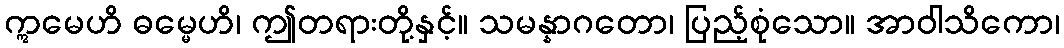
ဣမေဟိ ဓမ္မေဟိ၊ ဤတရားတို့နှင့်။ သမန္နာဂတော၊ ပြည့်စုံသော။ အာဝါသိကော၊